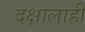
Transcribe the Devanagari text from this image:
दक्षालाही